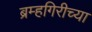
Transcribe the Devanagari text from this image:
ब्रम्हगिरीच्या